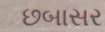
છબાસર